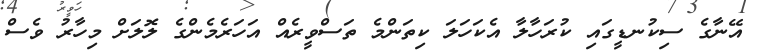
އޭނާގެ ސިކުނޑީގައި ކުރަހާލާ އެކަހަލަ ކިތަންމެ ތަސްވީރެއް އަހަރެމެންގެ ލޮލަށް މިހާރު ވެސް